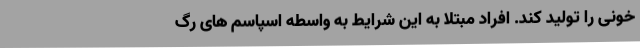
خونی را تولید کند. افراد مبتلا به این شرایط به واسطه اسپاسم های رگ